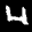
Label: 4